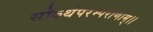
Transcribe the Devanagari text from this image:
सोऽर्थपरम्पराणाम्।।